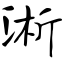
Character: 浙